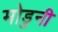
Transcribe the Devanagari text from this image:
मोडुनी